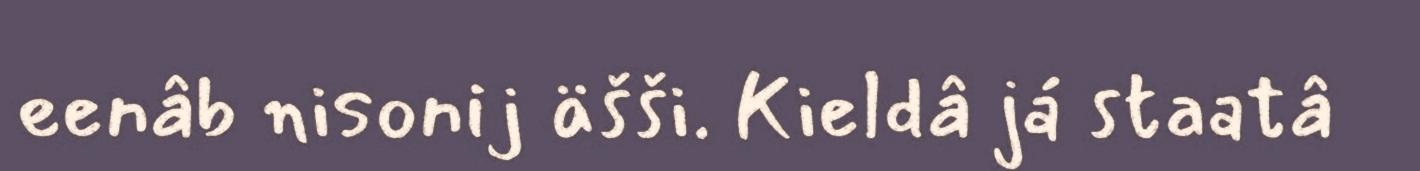
eenâb nisonij äšši. Kieldâ já staatâ